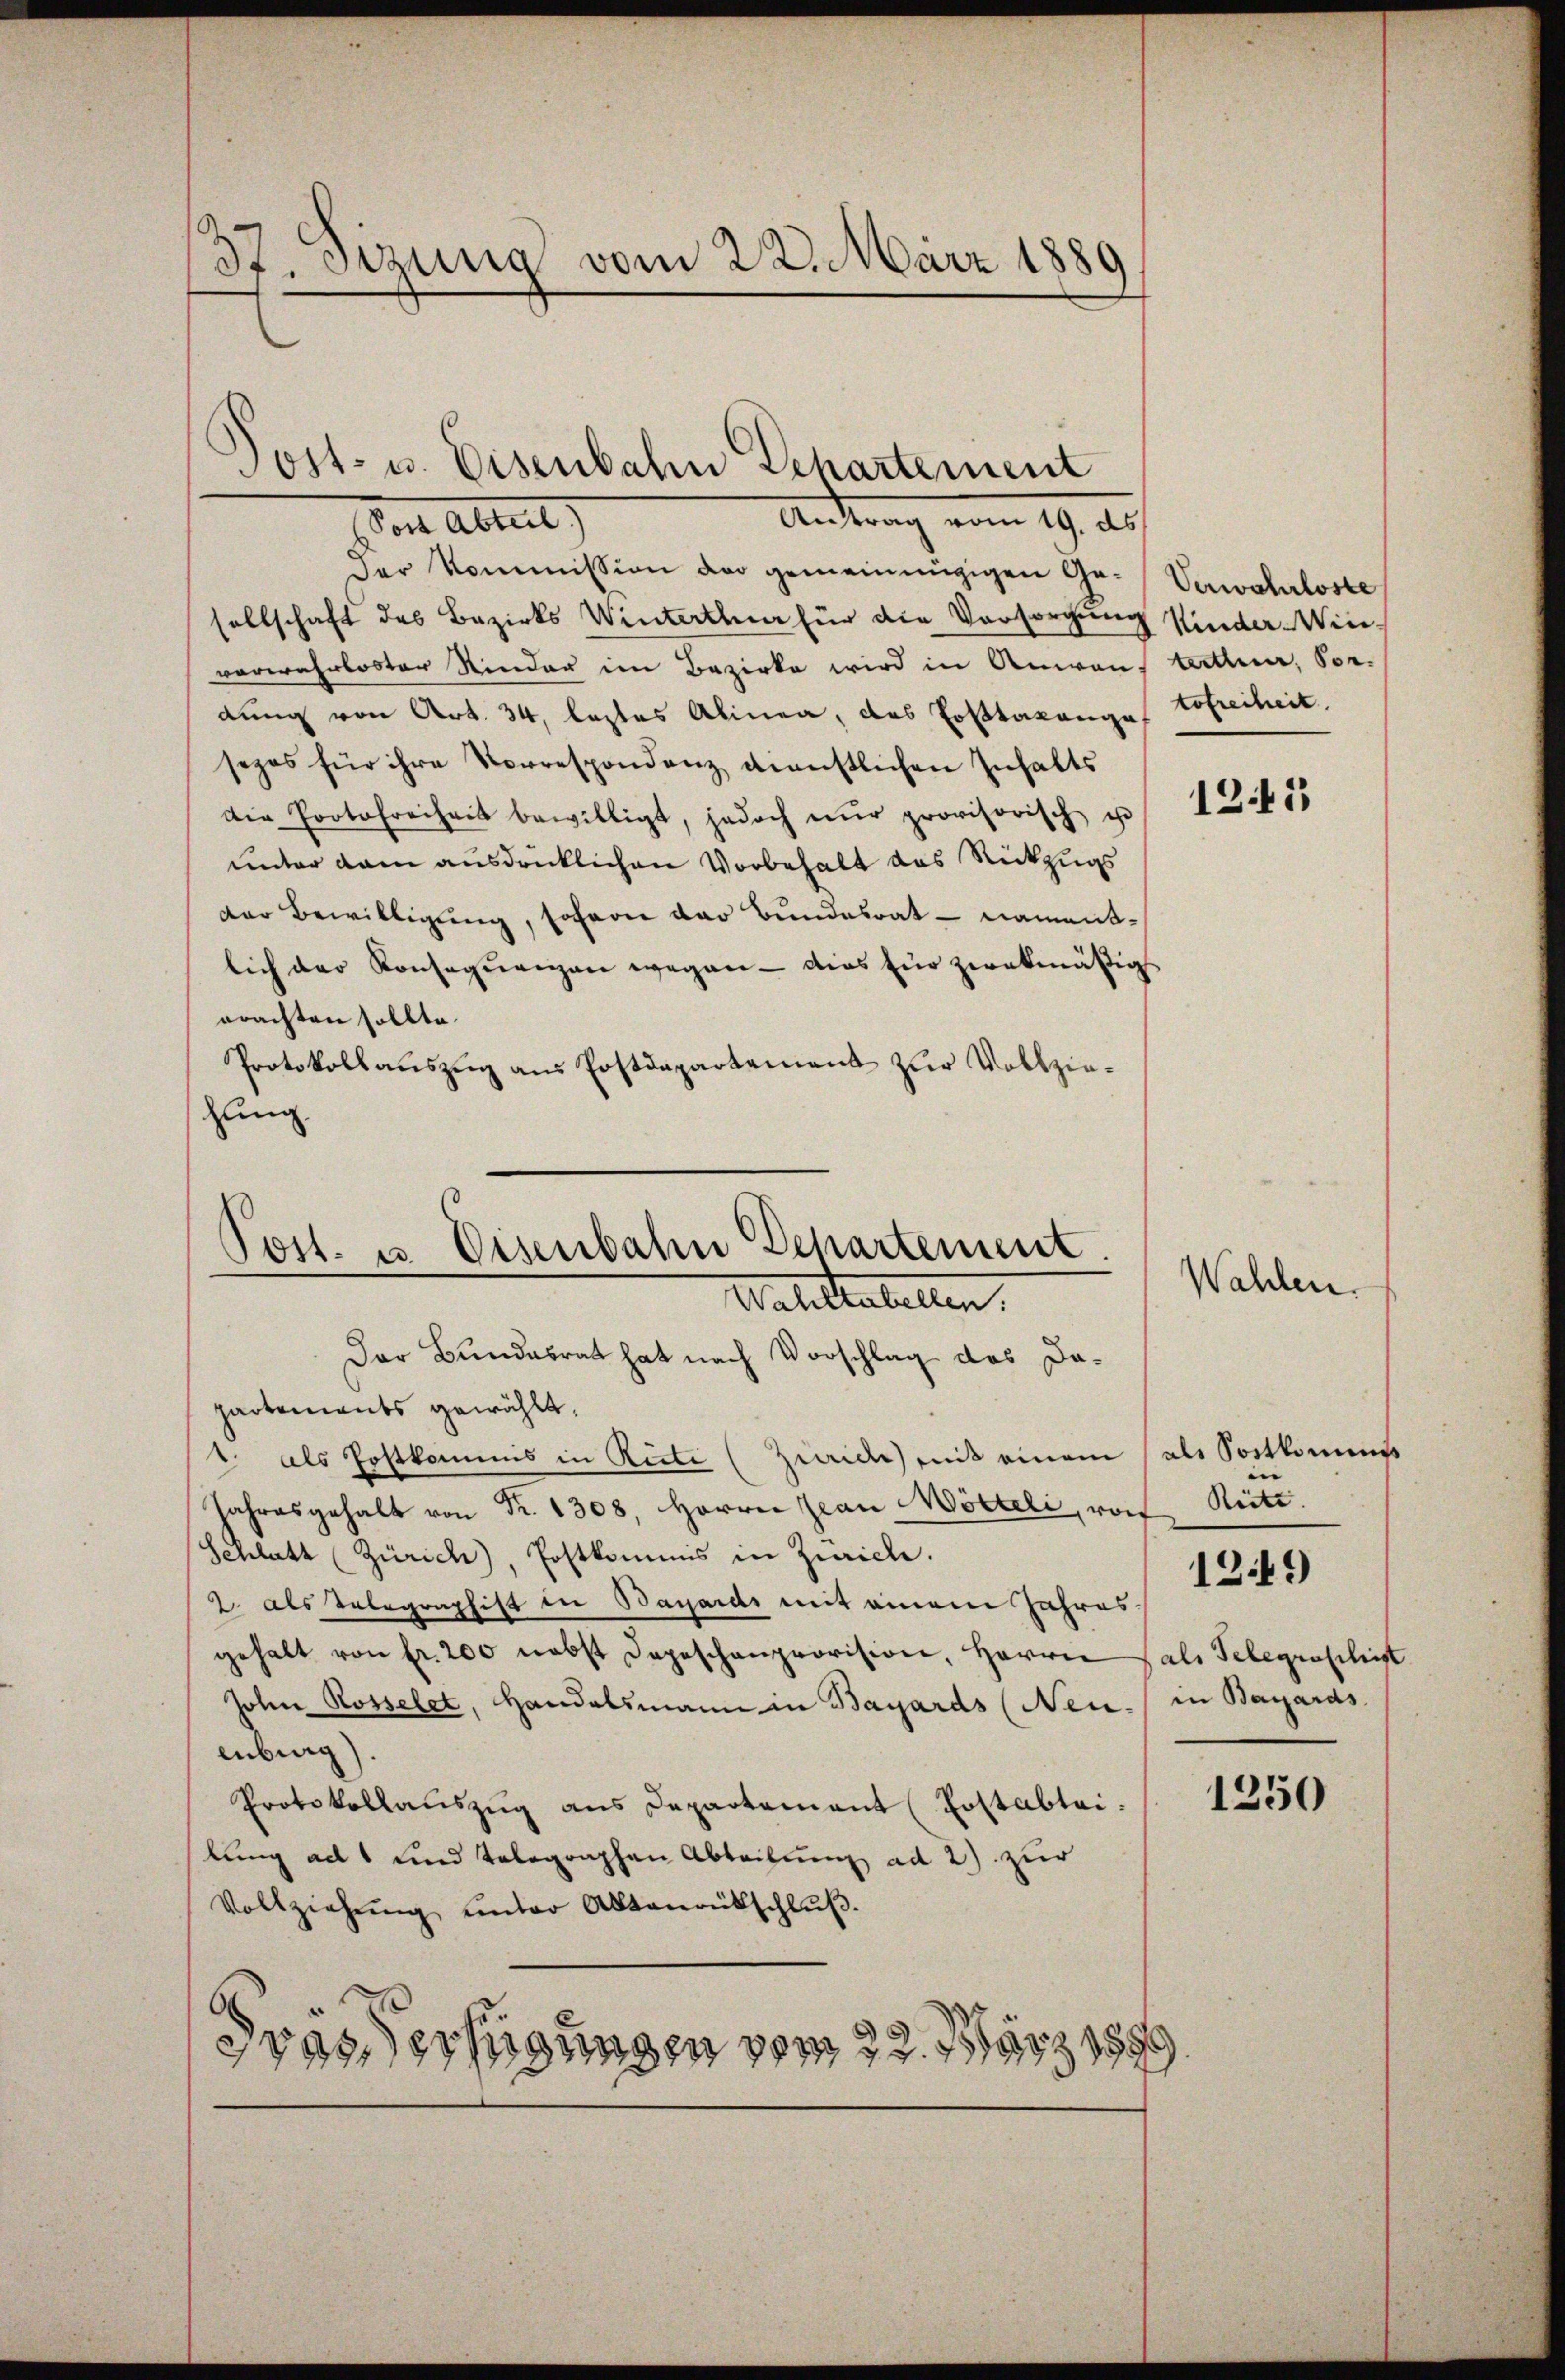
37. Sitzung vom 22. März 1889

Post- u. Eisenbahn Departement
Antrag vom 19. Au
on Altene

Der Kommission der gemeinnügigen Ge-Verwahrloste
sellschaft des Bezirks Winterthur für die Vorsorgung Kinder Winverwahrloster Rinder im Bezirke wird in Anwand tritter, Vor-
dung von Art. 34, leztes Alinea, das Posttaxange Hofreiheit.
sezes für ihre Vorrespondenz dienstlichen Inhalts
die Protofreiheit bewilligt, jedoch nŭr provisorisch u
unter dem ausdrücklichen Vorbehalt das Rückzugs
der Bewilligung, sofern der Bundesrat namentlich der Konseqŭenzen wegen - dies für zwekmäßigs
orachten sollte.
Protokollaŭszŭg ans Postdepartement zur Vollziehung.

Post. u. Eisenbahn Departement.
Waliltabellen.

Der Bundesrat hat nach Vorschlag das Dapartements gewählt.
1. als Postkommis in Ritte (Zwid mit einem (als Sortkomms
Jahresgehalt von Fr. 1308, Herrn Jean Wörteli, vorf
Schlatt (Zürich), Postkommis in Zürich.
2 als Telegraphist in Bayards mit einem Jahresgehalt von fr. 200 nebst Depeschanprovision, Herrn Hals Telegraschist
John Rosselet, Handelsmann in Bayards (Neu. / in Bayards
enburg)
Protokollaŭszŭg ans Departement Postablei
lung ad 1 und Telegraphen Abteilung ad 2. zur
Vollziehŭng ŭnter Aktenrütschlŭβ
6
vasderfügungen vom 22. März 189

1245

Wahlen.

Riete. |

1249

1250